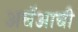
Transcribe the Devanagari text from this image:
अचॅआची